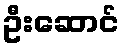
ဦးဆောင်